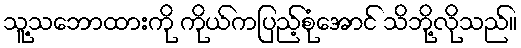
သူ့သဘောထားကို ကိုယ်ကပြည့်စုံအောင် သိဘို့လိုသည်။